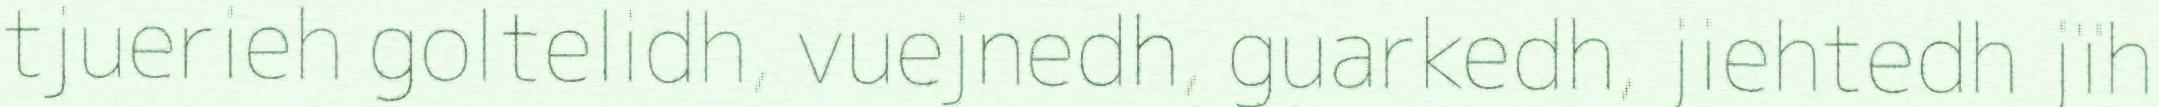
tjuerieh goltelidh, vuejnedh, guarkedh, jiehtedh jïh